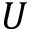
U